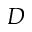
D